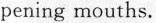
pening mouths.